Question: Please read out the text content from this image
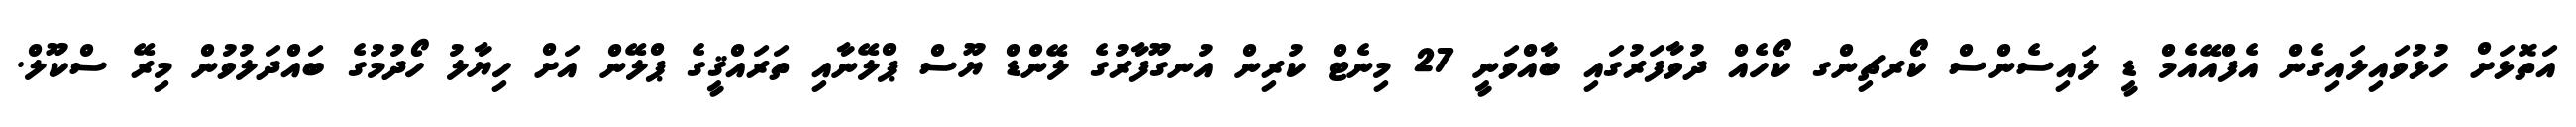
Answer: އަތޮޅަށް ހުޅުވައިލައިގެން އެފްއޭއެމް ޑީ ލައިސެންސް ކޯރޗިންގ ކޯހެއް ދުވާފަރުގައި ބާއްވަނީ 27 މިނެޓް ކުރިން އުނގޫފާރުގެ ލޭންޑް ޔޫސް ޕްލޭނާއި ތަރައްޤީގެ ޕްލޭން އަށް ހިޔާލު ހޯދުމުގެ ބައްދަލުވުން މިރޭ ސްކޫލް.